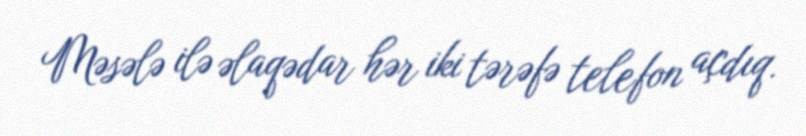
Məsələ ilə əlaqədar hər iki tərəfə telefon açdıq.